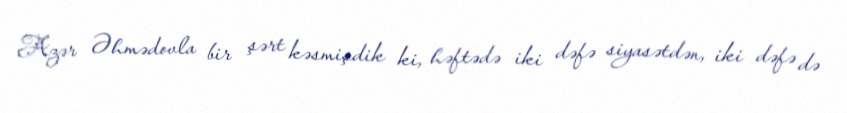
Azər Əhmədovla bir şərt kəsmişdik ki, həftədə iki dəfə siyasətdən, iki dəfə də